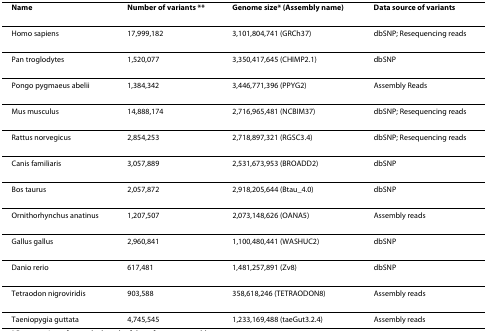
<table><thead><tr><td><b>Name</b></td><td><b>Number of variants **</b></td><td><b>Genome size* (Assembly name)</b></td><td><b>Data source of variants</b></td></tr></thead><tbody><tr><td>Homo sapiens</td><td>17,999,182</td><td>3,101,804,741 (GRCh37)</td><td>dbSNP; Resequencing reads</td></tr><tr><td>Pan troglodytes</td><td>1,520,077</td><td>3,350,417,645 (CHIMP2.1)</td><td>dbSNP</td></tr><tr><td>Pongo pygmaeus abelii</td><td>1,384,342</td><td>3,446,771,396 (PPYG2)</td><td>Assembly Reads</td></tr><tr><td>Mus musculus</td><td>14,888,174</td><td>2,716,965,481 (NCBIM37)</td><td>dbSNP; Resequencing reads</td></tr><tr><td>Rattus norvegicus</td><td>2,854,253</td><td>2,718,897,321 (RGSC3.4)</td><td>dbSNP; Resequencing reads</td></tr><tr><td>Canis familiaris</td><td>3,057,889</td><td>2,531,673,953 (BROADD2)</td><td>dbSNP</td></tr><tr><td>Bos taurus</td><td>2,057,872</td><td>2,918,205,644 (Btau_4.0)</td><td>dbSNP</td></tr><tr><td>Ornithorhynchus anatinus</td><td>1,207,507</td><td>2,073,148,626 (OANA5)</td><td>Assembly reads</td></tr><tr><td>Gallus gallus</td><td>2,960,841</td><td>1,100,480,441 (WASHUC2)</td><td>dbSNP</td></tr><tr><td>Danio rerio</td><td>617,481</td><td>1,481,257,891 (Zv8)</td><td>dbSNP</td></tr><tr><td>Tetraodon nigroviridis</td><td>903,588</td><td>358,618,246 (TETRAODON8)</td><td>Assembly reads</td></tr><tr><td>Taeniopygia guttata</td><td>4,745,545</td><td>1,233,169,488 (taeGut3.2.4)</td><td>Assembly reads</td></tr></tbody></table>